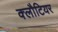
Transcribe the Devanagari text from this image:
क्लौटियर